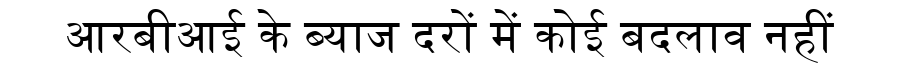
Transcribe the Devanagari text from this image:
आरबीआई के ब्याज दरों में कोई बदलाव नहीं